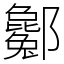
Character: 酁